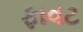
ફાવટ